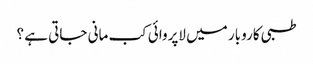
طبی کاروبار میں لاپروائی کب مانی جاتی ہے ؟